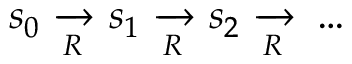
s _ { 0 } \ { \xrightarrow [ { R } ] { } } \ s _ { 1 } \ { \xrightarrow [ { R } ] { } } \ s _ { 2 } \ { \xrightarrow [ { R } ] { } } \ \ldots